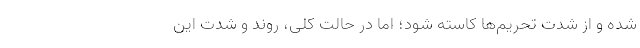
شده و از شدت تحریم‌ها کاسته شود؛ اما در حالت کلی، روند و شدت این